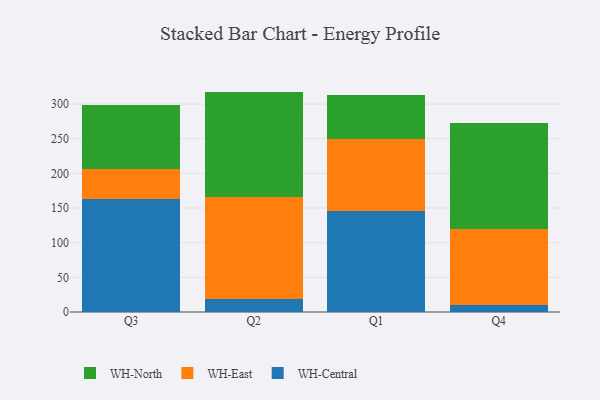
{"axis": {"x": "Quarter", "y": "Production Output"}, "legend": ["WH-Central", "WH-East", "WH-North"], "data": [{"x": "Q3", "y": 162.8, "type": "WH-Central"}, {"x": "Q3", "y": 44.1, "type": "WH-East"}, {"x": "Q3", "y": 91.9, "type": "WH-North"}, {"x": "Q2", "y": 18.4, "type": "WH-Central"}, {"x": "Q2", "y": 147.0, "type": "WH-East"}, {"x": "Q2", "y": 152.6, "type": "WH-North"}, {"x": "Q1", "y": 145.9, "type": "WH-Central"}, {"x": "Q1", "y": 103.3, "type": "WH-East"}, {"x": "Q1", "y": 63.2, "type": "WH-North"}, {"x": "Q4", "y": 10.3, "type": "WH-Central"}, {"x": "Q4", "y": 109.4, "type": "WH-East"}, {"x": "Q4", "y": 152.7, "type": "WH-North"}]}